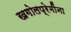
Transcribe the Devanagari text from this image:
खगोलप्रेमींना